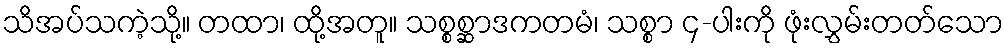
သိအပ်သကဲ့သို့။ တထာ၊ ထို့အတူ။ သစ္စစ္ဆာဒကတမံ၊ သစ္စာ ၄-ပါးကို ဖုံးလွှမ်းတတ်သော